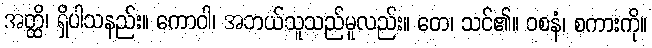
အတ္ထိ၊ ရှိပါသနည်း။ ကောဝါ၊ အဘယ်သူသည်မူလည်း။ တေ၊ သင်၏။ ဝစနံ၊ စကားကို။